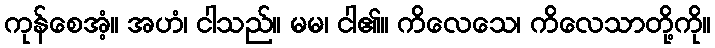
ကုန်စေအံ့။ အဟံ၊ ငါသည်။ မမ၊ ငါ၏။ ကိလေသေ၊ ကိလေသာတို့ကို။